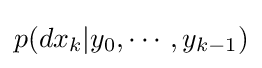
p(dx_{k}|y_{0},\cdots ,y_{k-1})